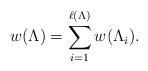
LaTeX: \begin{align*}w(\Lambda) = \sum_{i=1}^{\ell (\Lambda)} w(\Lambda_i).\end{align*}